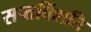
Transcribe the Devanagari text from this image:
सप्तविंशति